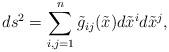
LaTeX: \begin{align*}ds^2= \sum^n_{i,j=1}\tilde{g}_{ij}(\tilde{x}) d \tilde{x}^i d \tilde{x}^j,\end{align*}